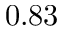
0 . 8 3